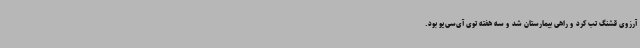
آرزوی قشنگ تب کرد و راهی بیمارستان شد و سه هفته توی آی‌سی‌یو بود.